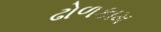
ઢોળકામ